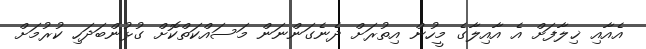
އެއާއި ޚިލާފަށް އެ އާއިލާގެ މީހުން އިތުރަށް ދެނެގަންނަން މަސައްކަތްކޮށް ގުޅުންބަދަހި ކުރުމަށް